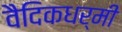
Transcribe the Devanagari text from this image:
वैदिकधर्मी